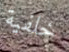
خلفية